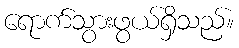
ရောက်သွားဖွယ်ရှိသည်။